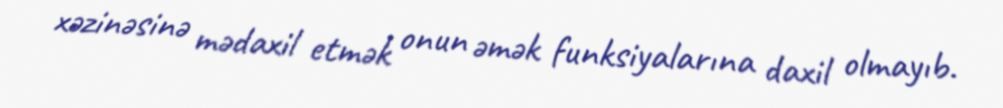
xəzinəsinə mədaxil etmək onun əmək funksiyalarına daxil olmayıb.